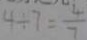
4 \div 7 = \frac { 4 } { 7 }